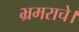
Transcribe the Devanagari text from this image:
भ्रमराचे।